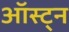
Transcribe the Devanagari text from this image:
ऑस्ट्न